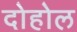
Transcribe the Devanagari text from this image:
दोहोल